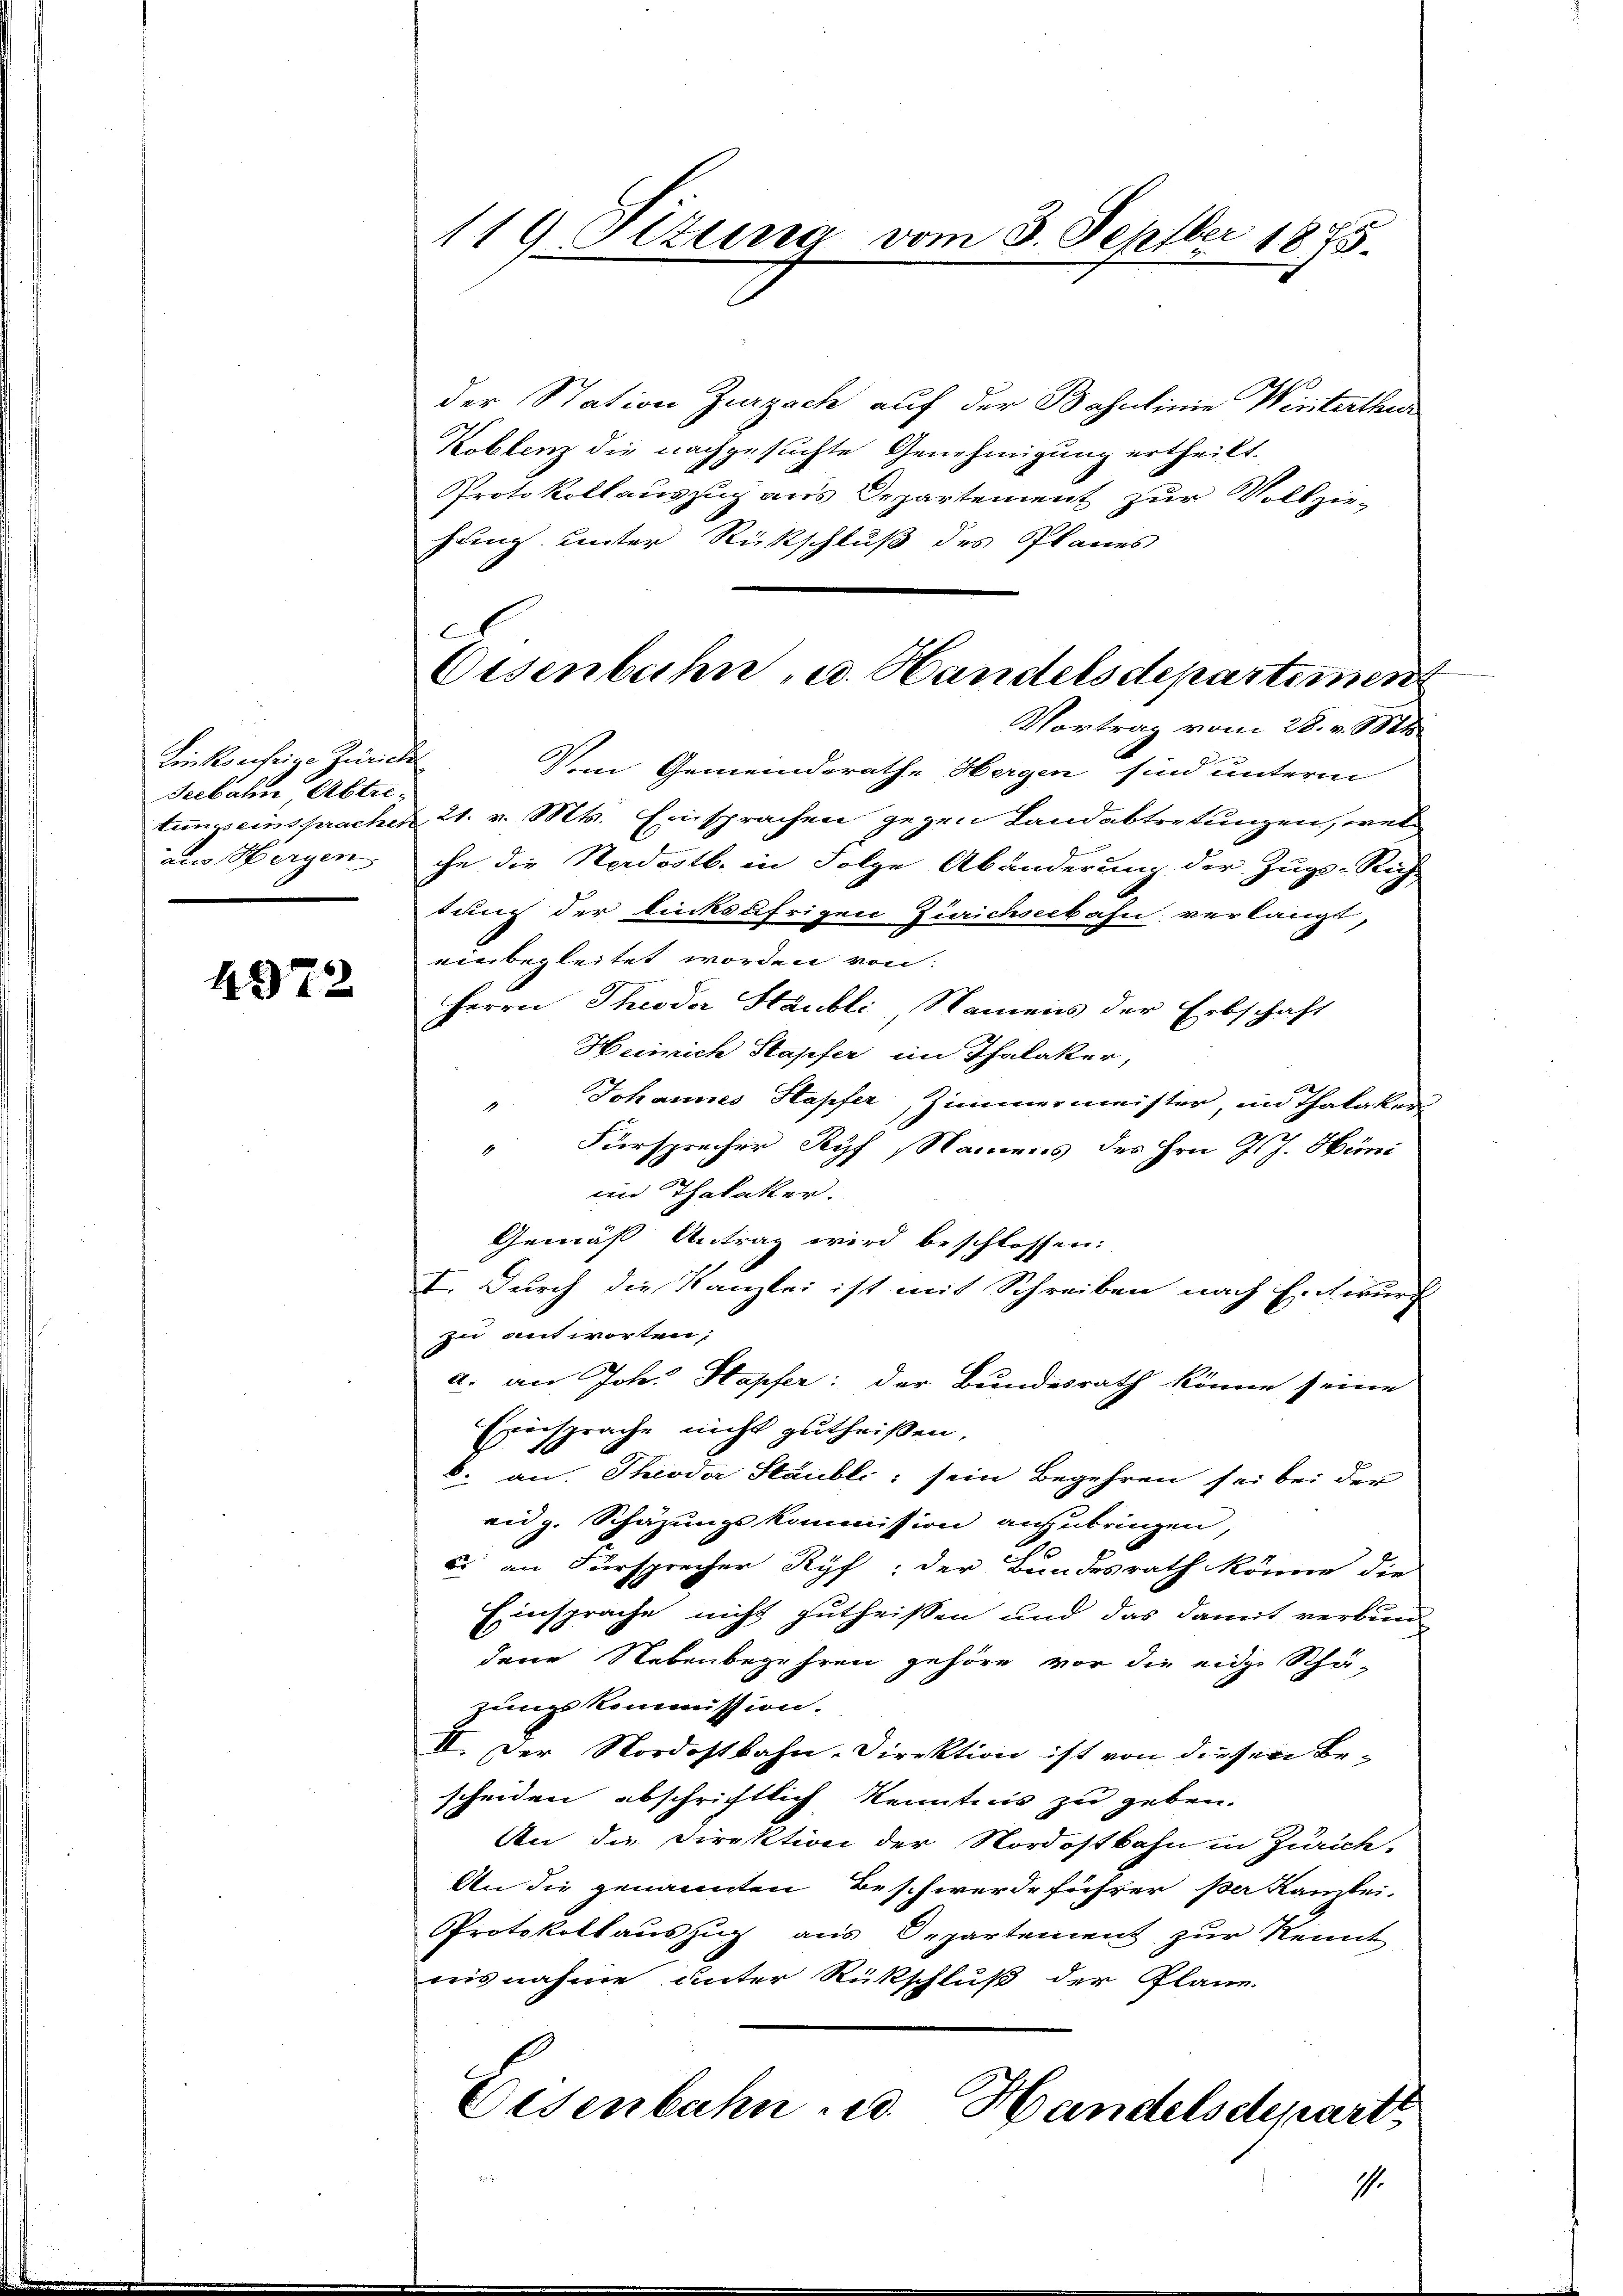
Linkseifrige Zürich
Seebahn, Abtreaus Morgen

4372

119. Ottung vom 3. Septber 1875.

der Station Zurzach auf der Bahnlinie Winterthur
Koblenz die nachgesuchte Genehmigung ertheilt.
Protokollauszug aus Departement zur Vollziefung unter Rückschluß des Planes
Vortrag vom 28. v. 1881
Vom Gemeinderathe Hergen sind unterm
tungseinsprachen 21. v. Mts. Einsprachen gegen Landabtretungen, welc
che die Nordostb. in Folge Abänderung der Zugs-Rich
dung der linksufrigen Zürichseebahn verlangt,
einbegleitet worden von
Herrn Theodor Staubli, Namens der Erbschaft
Heinrich Stapfer im Thalaker,
" Johannes Stapfer, Zimmermeister, in Thalaker
 Fürsprecher Ryf Namens des Hrn. J. J. Hüni
im Thalacker.
Gemäß Antrag wird beschlossen:
I. Durch die Kanzlei ist mit Schreiben nach Entwurf
zu antworten,
a. an Joh. Hapfer: der Bundesrath könne seine
Einsprache nicht gutheißen,
 an Theodor Staubli, sein Begehren sei bei der
eidg. Schazungskommission anzubringen,
c an Fürsprecher Ryf: der Bundesrath könne die
Einsprache nicht gutheißen und das damit verbund
dene Nebenbegehren gehöre vor die eidge Schäzungskommission.
II. Der Nordostbahn-Direktion ist von dieser Bescheiden abschriftlich Kenntnis zu geben.
An die Direktion der Nordostbahn in Zürich,
An die genannten Beschwerde führer per Kanzlei-
Protokollauszug aus Departement zur Kennt
nisnahme unter Rückschluß der Plane.
Eisenbahn u. Handelsdeparte

A
Eisenbahn u. Handelsdepartement

1.